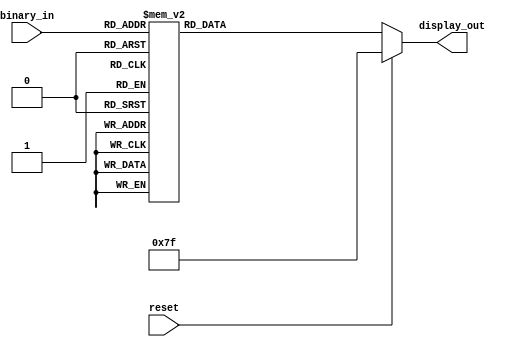
`timescale 1ns / 1ps
//////////////////////////////////////////////////////////////////////////////////
// Company: 
// Engineer: 
// 
// Design Name: 
// Module Name: seven_segment_decoder
// Project Name: 
// Target Devices: 
// Tool Versions: 
// Description: 
// 
// Dependencies: 
// 
// Revision:
// Revision 0.01 - File Created
// Additional Comments:
// 
//////////////////////////////////////////////////////////////////////////////////

module seven_segment_decoder(binary_in, reset, display_out);
  input [3:0] binary_in;
  input       reset;
  output reg [6:0] display_out;
  

  //Otherwise set the display_out to the correct binary enconding
  always @(binary_in, reset) begin
    //If the reset is triggered turn off the display
    if (reset)
         display_out <= 7'b1111111;
    else begin
      case(binary_in)
        4'b0000: display_out <= 7'b0000001;
        4'b0001: display_out <= 7'b1001111;
        4'b0010: display_out <= 7'b0010010;
        4'b0011: display_out <= 7'b0000110;
        4'b0100: display_out <= 7'b1001100;
        4'b0101: display_out <= 7'b0100100;
        4'b0110: display_out <= 7'b0100000;
        4'b0111: display_out <= 7'b0001111;
        4'b1000: display_out <= 7'b0000000;
        4'b1001: display_out <= 7'b0000100;
        4'b1010: display_out <= 7'b0001000;
        4'b1011: display_out <= 7'b1100000;
        4'b1100: display_out <= 7'b0110001;
        4'b1101: display_out <= 7'b1000010;
        4'b1110: display_out <= 7'b0110000;
        4'b1111: display_out <= 7'b0111000;
      endcase
    end
  end
endmodule